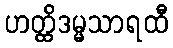
ဟတ္ထိဒမ္မသာရထီ